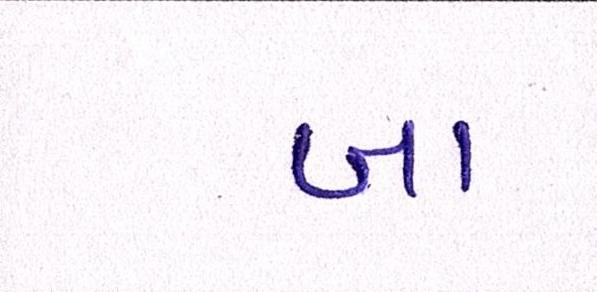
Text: બા